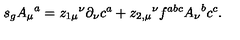
s _ { g } { A _ { \mu } } ^ { a } = { z _ { 1 \mu } } ^ { \nu } \partial _ { \nu } c ^ { a } + { z _ { 2 , \mu } } ^ { \nu } f ^ { a b c } { A _ { \nu } } ^ { b } c ^ { c } .